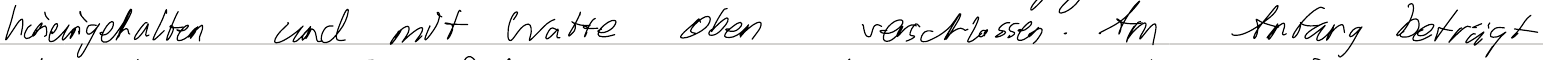
hineingehalten und mit Watte oben verschlossen. Am Anfang beträgt